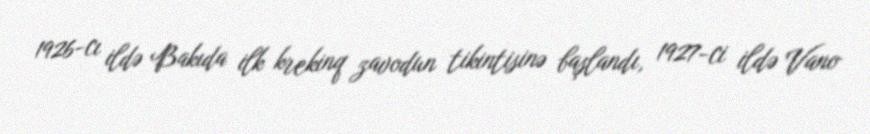
1926-cı ildə Bakıda ilk krekinq zavodun tikintisinə başlandı, 1927-ci ildə Vano